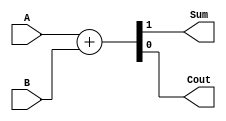
module HalfAdder(
  input A, B,
  output Sum, Cout
);
  wire Sum, Cout;
  assign {Sum, Cout} = A + B; // Multiple driven error
endmodule